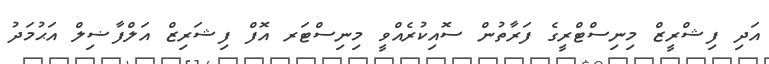
އަދި ފިޝްރީޒް މިނިސްޓްރީގެ ފަރާތުން ސޮއިކުރެއްވީ މިނިސްޓަރ އޮފް ފިޝަރިޒް އަލްފާޟިލް އަޙުމަދު